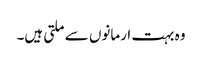
وہ بہت ارمانوں سے ملتی ہیں۔